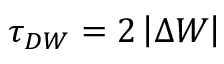
\tau _ { D W } = 2 \left| \Delta W \right|